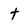
Character: t